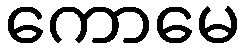
ကောမေ